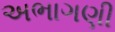
અભાગણી